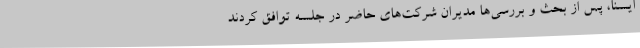
ایسنا، پس از بحث و بررسی‌ها مدیران شرکت‌های حاضر در جلسه توافق کردند